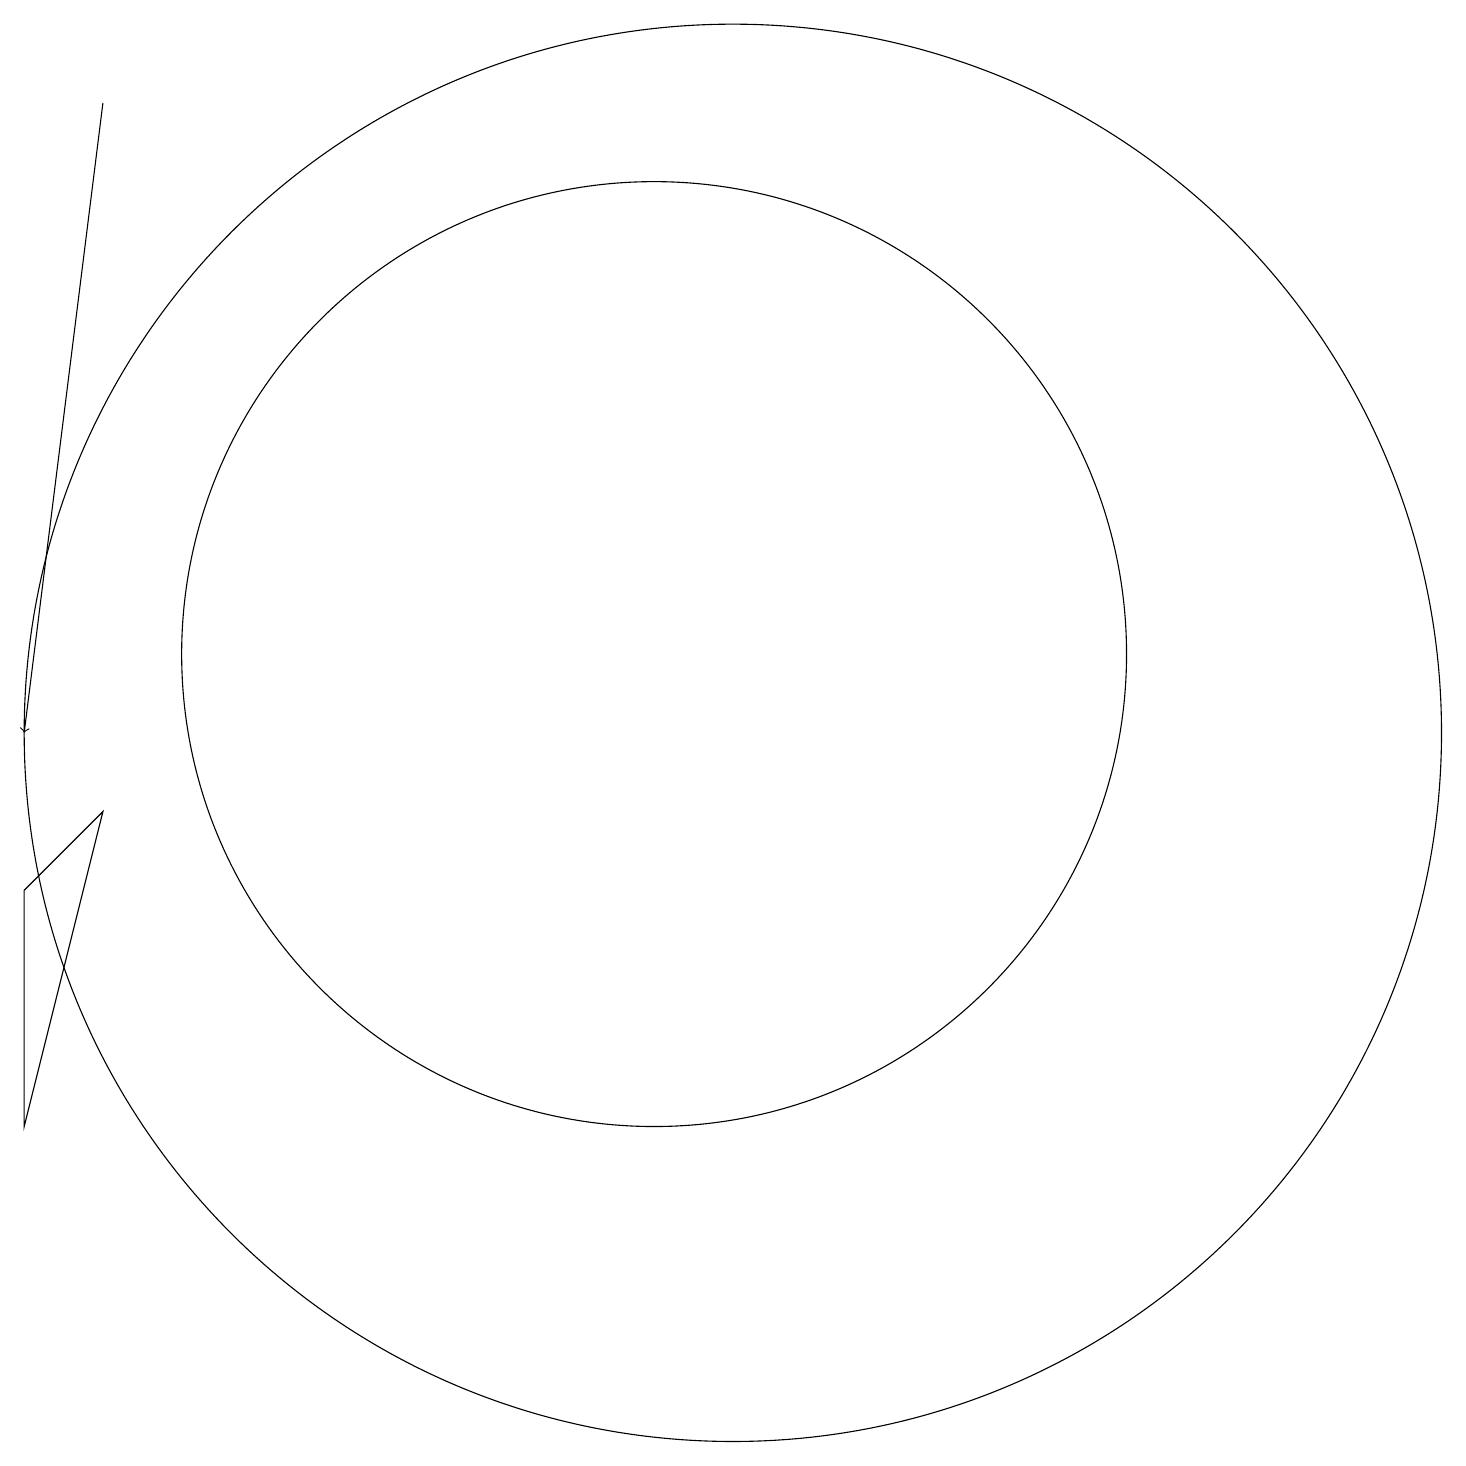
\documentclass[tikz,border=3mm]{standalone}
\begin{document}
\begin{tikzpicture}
\draw (11,11) circle (6);
\draw (3,5) -- (3,8) -- (4,9) -- cycle;
\draw[->] (4,18) -- (3,10);
\draw (12,10) circle (9);
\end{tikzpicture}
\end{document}